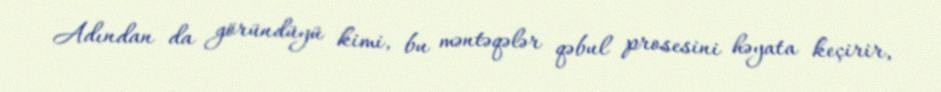
Adından da göründüyü kimi, bu məntəqələr qəbul prosesini həyata keçirir,